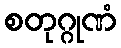
စတုဂ္ဂုဏံ